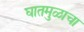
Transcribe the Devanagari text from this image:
घातमुळाचा